Civil Veterinary Dept. Assam report 1911-1927 - 1911-1927
Year: 1911
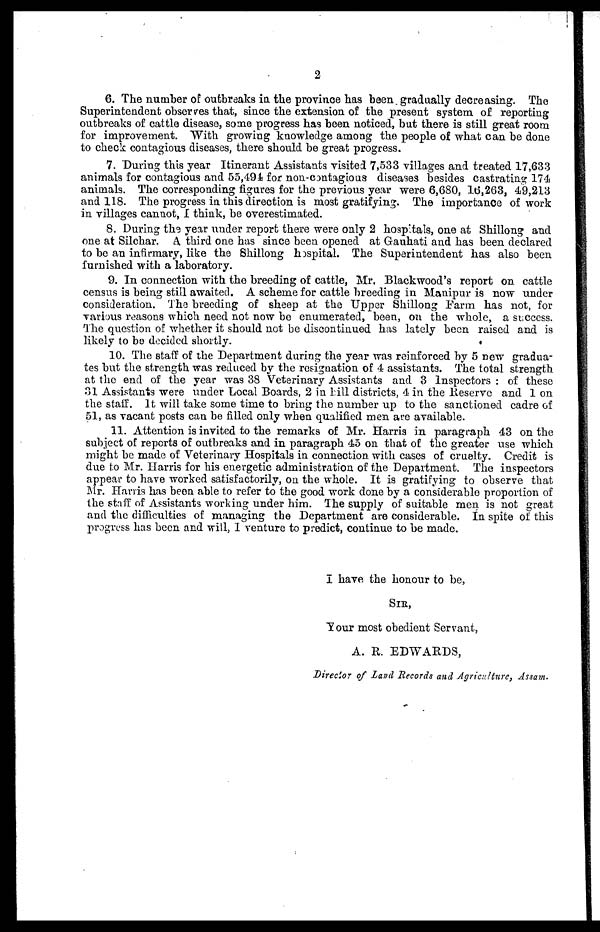
2
6. The number of outbreaks in the province has been gradually decreasing. The
Superintendent observes that, since the extension of the present system of reporting
outbreaks of cattle disease, some progress has been noticed, but there is still great room
for improvement. With growing knowledge among the people of what can be done
to check contagious diseases, there should be great progress.
7. During this year Itinerant Assistants visited 7,533 villages and treated 17,633
animals for contagious and 55,494 for non-cantagious diseases besides castrating 174
animals. The corresponding figures for the previous year were 6,680, 16,263, 49,213
and 118. The progress in this direction is most gratifying. The importance of work
in villages cannot, I think, be overestimated.
8. During the year under report there were only 2 hospitals, one at Shillong and
one at Silchar. A third one has since been opened at Gauhati and has been declared
to be an infirmary, like the Shillong hospital. The Superintendent has also been
furnished with a laboratory.
9. In connection with the breeding of cattle, Mr. Blackwood's report on cattle
census is being still awaited. A scheme for cattle breeding in Manipur is now under
consideration. The breeding of sheep at the Upper Shillong Farm has not, for
various reasons which need not now be enumerated, been, on the whole, a success.
The question of whether it should not be discontinued has lately been raised and is
likely to be decided shortly.
10. The staff of the Department during the year was reinforced by 5 new gradua-
tes but the strength was reduced by the resignation of 4 assistants. The total strength
at the end of the year was 38 Veterinary Assistants and 3 Inspectors : of these
31 Assistants were under Local Boards, 2 in hill districts, 4 in the Reserve and 1 on
the staff. It will take some time to bring the number up to the sanctioned cadre of
51, as vacant posts can be filled only when qualified men are available.
11. Attention is invited to the remarks of Mr. Harris in paragraph 43 on the
subject of reports of outbreaks and in paragraph 45 on that of the greater use which
might be made of Veterinary Hospitals in connection with cases of cruelty. Credit is
due to Mr. Harris for his energetic administration of the Department. The inspectors
appear to have worked satisfactorily, on the whole. It is gratifying to observe that
Mr. Harris has been able to refer to the good work done by a considerable proportion of
the staff of Assistants working under him. The supply of suitable men is not great
and the difficulties of managing the Department are considerable. In spite of this
progress has been and will, I venture to predict, continue to be made.
I have the honour to be,
SIR,
Your most obedient Servant,
A. R. EDWARDS,
Director of Land Records and Agriculture, Assam.